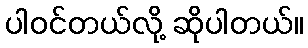
ပါဝင်တယ်လို့ ဆိုပါတယ်။